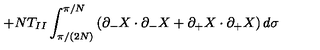
+ N T _ { I I } \int _ { \pi / ( 2 N ) } ^ { \pi / N } \left( \partial _ { - } X \cdot \partial _ { - } X + \partial _ { + } X \cdot \partial _ { + } X \right) d \sigma